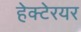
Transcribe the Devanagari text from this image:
हेक्टेरयर